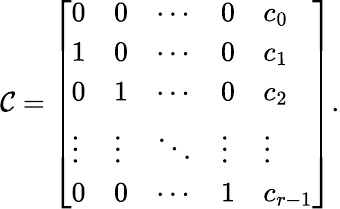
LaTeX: \begin{array}{r}{\mathcal{C}=\left[\begin{array}{lllll}{0}&{0}&{\cdots}&{0}&{c_{0}}\\ {1}&{0}&{\cdots}&{0}&{c_{1}}\\ {0}&{1}&{\cdots}&{0}&{c_{2}}\\ {\vdots}&{\vdots}&{\ddots}&{\vdots}&{\vdots}\\ {0}&{0}&{\cdots}&{1}&{c_{r-1}}\end{array}\right].}\end{array}